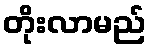
တိုးလာမည်